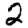
Digit: 2